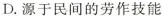
D.源于民间的劳作技能